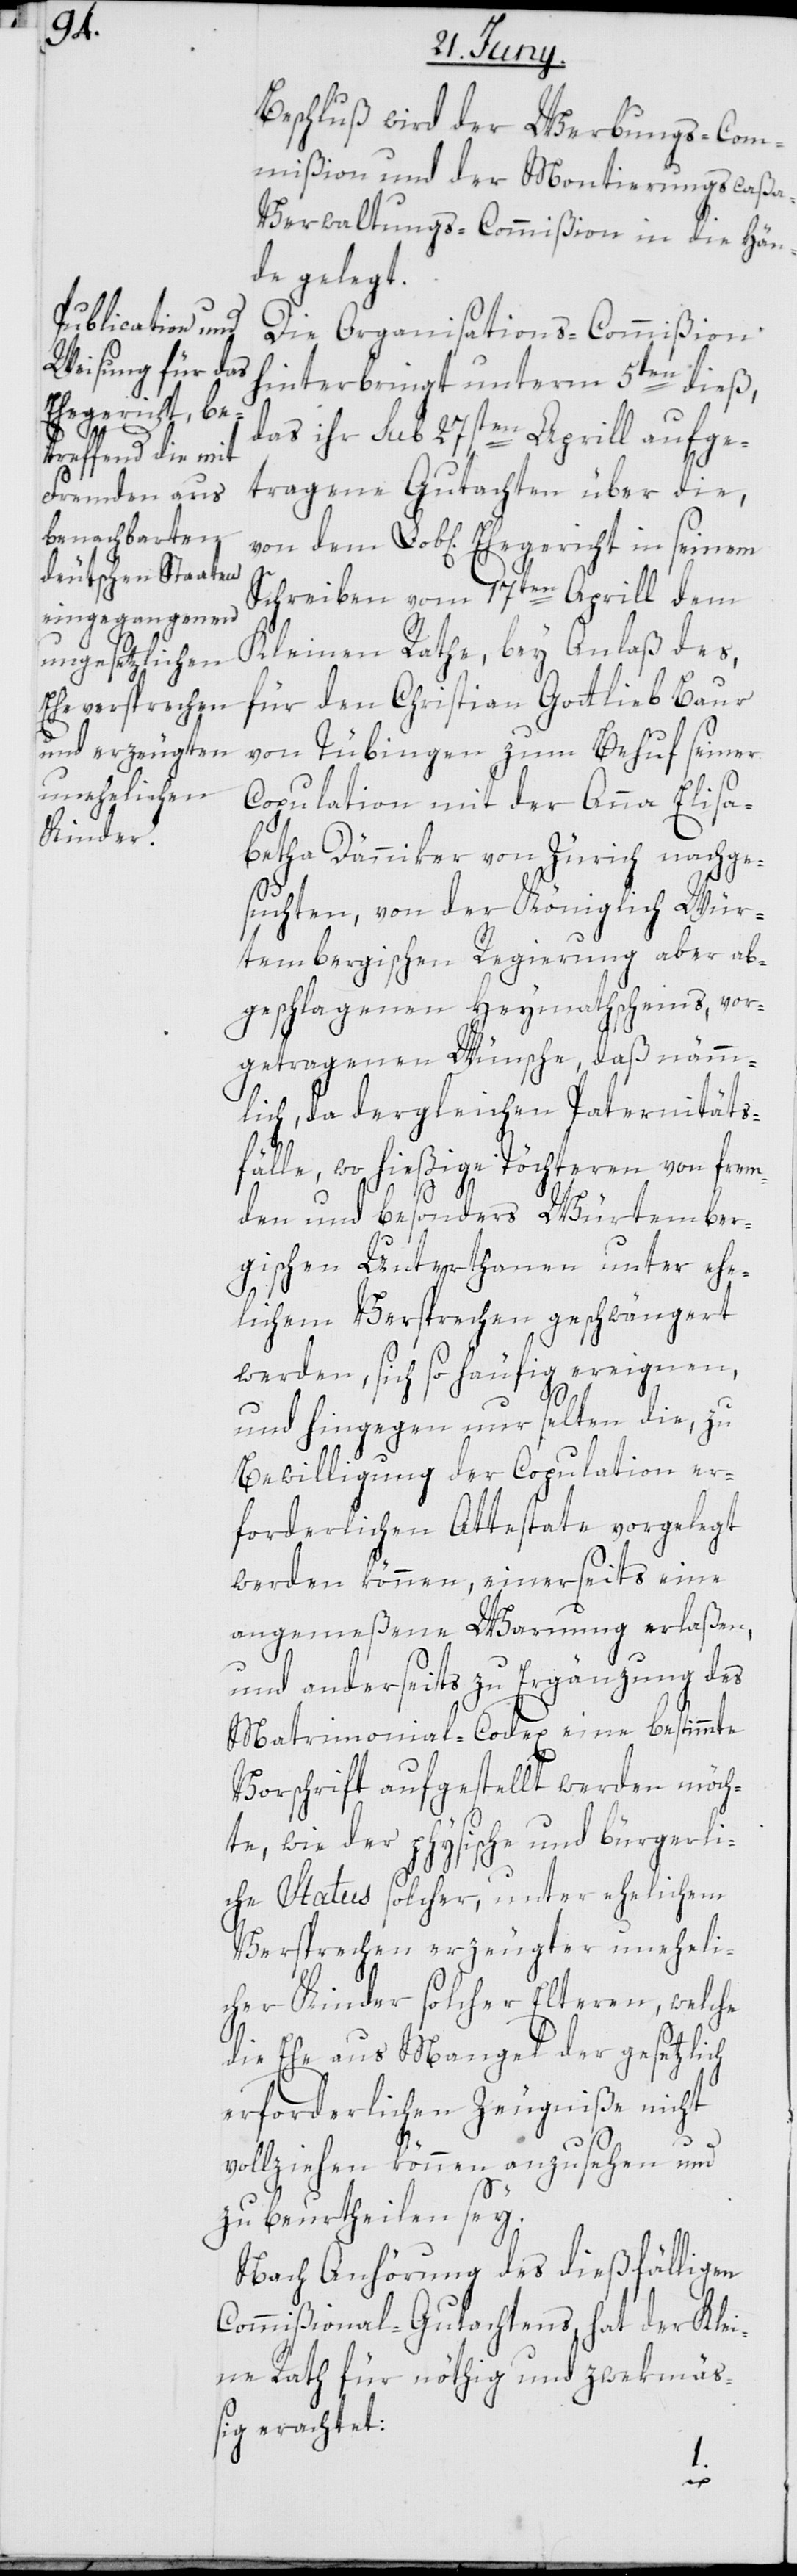
Ehegericht in

Beschluß wird der Werbungs-Com¬
mißion und der Montierungscaß¬
a-Verwaltungs-Commißion in die Hän¬
de gelegt.
Die Organisations-Commißion
hinterbringt unterm 5ten dieß,
das ihr sub 27sten Aprill aufge¬
tragene Gutachten über die,
Schreiben vom 17sten Aprill dem
Kleinen Rathe, bey Anlaß des,
für den Christian Gottlieb Baur
von Tübingen zum Behuf seiner
Copulation mit der Anna Elisa¬
betha Dänniker von Zürich nachge¬
suchten, von der Königlich Wür¬
tembergischen Regierung aber ab¬
geschlagenen Heymathscheins, vor¬
getragenen Wünsche, daß nämm¬
lich, da dergleichen Paternitäts¬
fälle, wo hießige Töchteren von frem¬
den und besonders Würtember¬
gischen Unterthanen unter ehe¬
lichem Versprechen geschwängert
werden, sich so häufig ereignen,
und hingegen nur selten die, zu
Bewilligung der Copulation er¬
forderlichen Attestate vorgelegt
werden können, einerseits eine
angemeßene Warnung erlaßen,
und anderseits zu Ergänzung des
Matrimonial-Codex eine bestimmte
Vorschrift aufgestellt werden möch¬
te, wie der physische und bürgerli¬
che Status solcher, unter ehelichem
Versprechen erzeugter uneheli¬
cher Kinder solcher Elteren, welche
die Ehe aus Mangel der gesetzlich
erforderlichen Zeugniße nicht
vollziehen können anzusehen und
zu beurtheilen sey.
Nach Anhörung des dießfälligen
Commißional-Gutachtens, hat der Klei¬
ne Rath für nöthig und zwekmä¬
ßig erachtet: